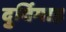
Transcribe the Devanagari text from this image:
दुर्विगाह